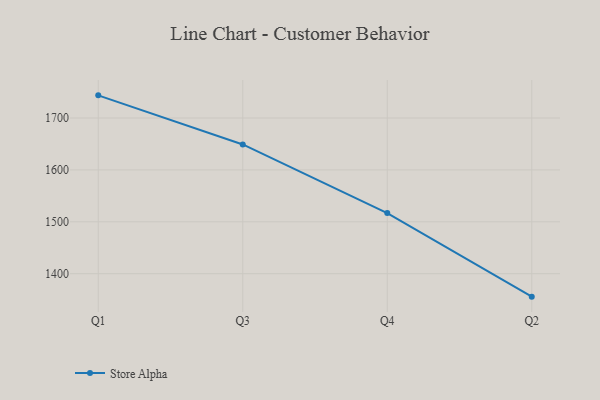
{"axis": {"x": "Quarter", "y": "Bounce Rate (%)"}, "legend": ["Store Alpha"], "data": [{"x": "Q1", "y": 1743.7, "type": "Store Alpha"}, {"x": "Q3", "y": 1649.1, "type": "Store Alpha"}, {"x": "Q4", "y": 1516.8, "type": "Store Alpha"}, {"x": "Q2", "y": 1355.8, "type": "Store Alpha"}]}